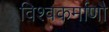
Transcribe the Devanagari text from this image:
विश्वकर्माणौ